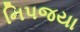
નિપજયા